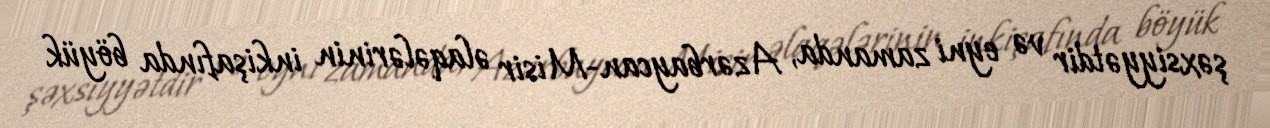
şəxsiyyətdir və eyni zamanda, Azərbaycan-Misir əlaqələrinin inkişafında böyük